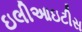
ઇલીઆઇટીસ